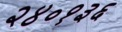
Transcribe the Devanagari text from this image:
२४०१३६